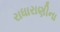
રાધારાણીના